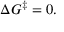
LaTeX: \Delta G ^ { \ddagger } = 0 .